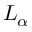
L _ { \alpha }